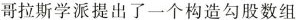
哥拉斯学派提出了一个构造勾股数组